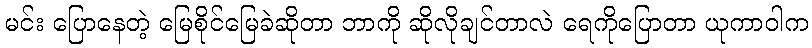
မင်း ပြောနေတဲ့ မြေစိုင်မြေခဲဆိုတာ ဘာကို ဆိုလိုချင်တာလဲ ရေကိုပြောတာ ယုကာဝါက